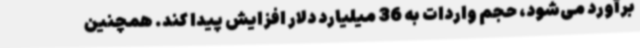
برآورد می‌شود، حجم واردات به 36 میلیارد دلار افزایش پیدا کند. همچنین